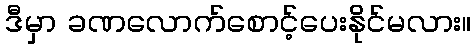
ဒီမှာ ခဏလောက်စောင့်ပေးနိုင်မလား။